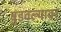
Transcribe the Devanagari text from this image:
बुडवल्यावर